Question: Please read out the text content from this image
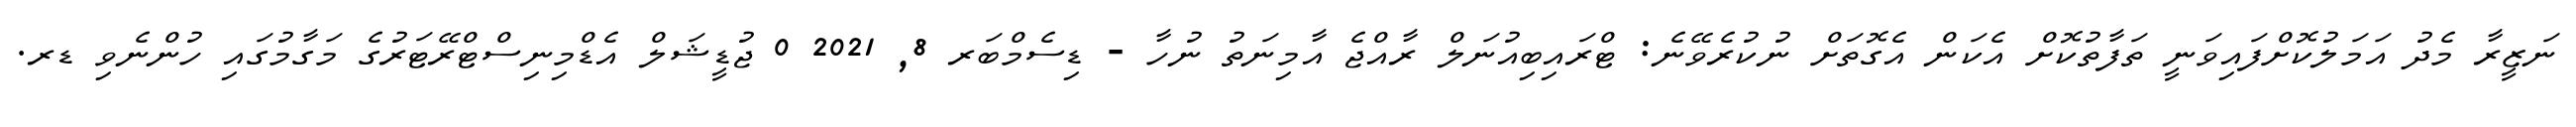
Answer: ނަޒީރާ މެދު އަމަލުކޮށްފައިވަނީ ތަފާތުކޮށް އެކަން އެގޮތަށް ނުކުރެވޭނެ: ޓްރައިބިއުނަލް ރާއްޖެ އާމިނަތު ނުހާ - ޑިސެމްބަރ 8, 2021 0 ޖުޑީޝަލް އެޑްމިނިސްޓްރޭޓަރުގެ މަގާމުގައި ހުންނެވި ޑރ.